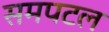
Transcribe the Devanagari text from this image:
समपटल